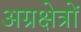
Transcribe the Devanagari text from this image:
अग्रक्षेत्रों